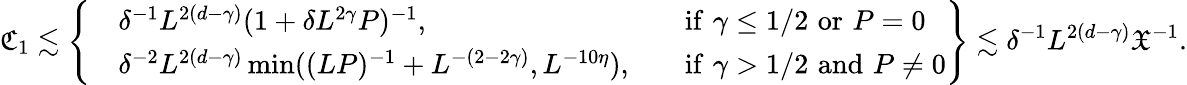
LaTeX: \mathfrak C_{1}\lesssim\left\{ \begin{array}{rlrl}&{\delta^{-1}L^{2(d-\gamma)}(1+\delta L^{2\gamma}P)^{-1},}&&{\mathrm{if}\, \, \gamma\leq 1/2\, \, \mathrm{or}\, \, P=0}\\ &{\delta^{-2}L^{2(d-\gamma)}\operatorname*{min}((LP)^{-1}+L^{-(2-2\gamma)},L^{-10\eta}),}&&{\mathrm{if}\, \, \gamma>1/2\, \, \mathrm{and}\, \, P\neq 0}\end{array}\right\} \lesssim\delta^{-1}L^{2(d-\gamma)}\mathfrak X^{-1}.